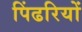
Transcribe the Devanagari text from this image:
पिंढरियों